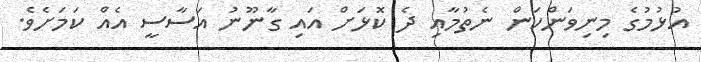
އުޅުމުގެ މިނިވަންކަން ނެތުމާއި ދެ ކޮޅަށް އައި ގާނޫނު އަސާސީ އެއް ކަމަށެވެ.